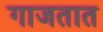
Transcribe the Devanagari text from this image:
गाजतात